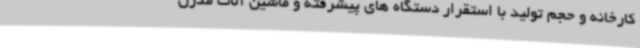
کارخانه و حجم تولید با استقرار دستگاه های پیشرفته و ماشین آلات مدرن